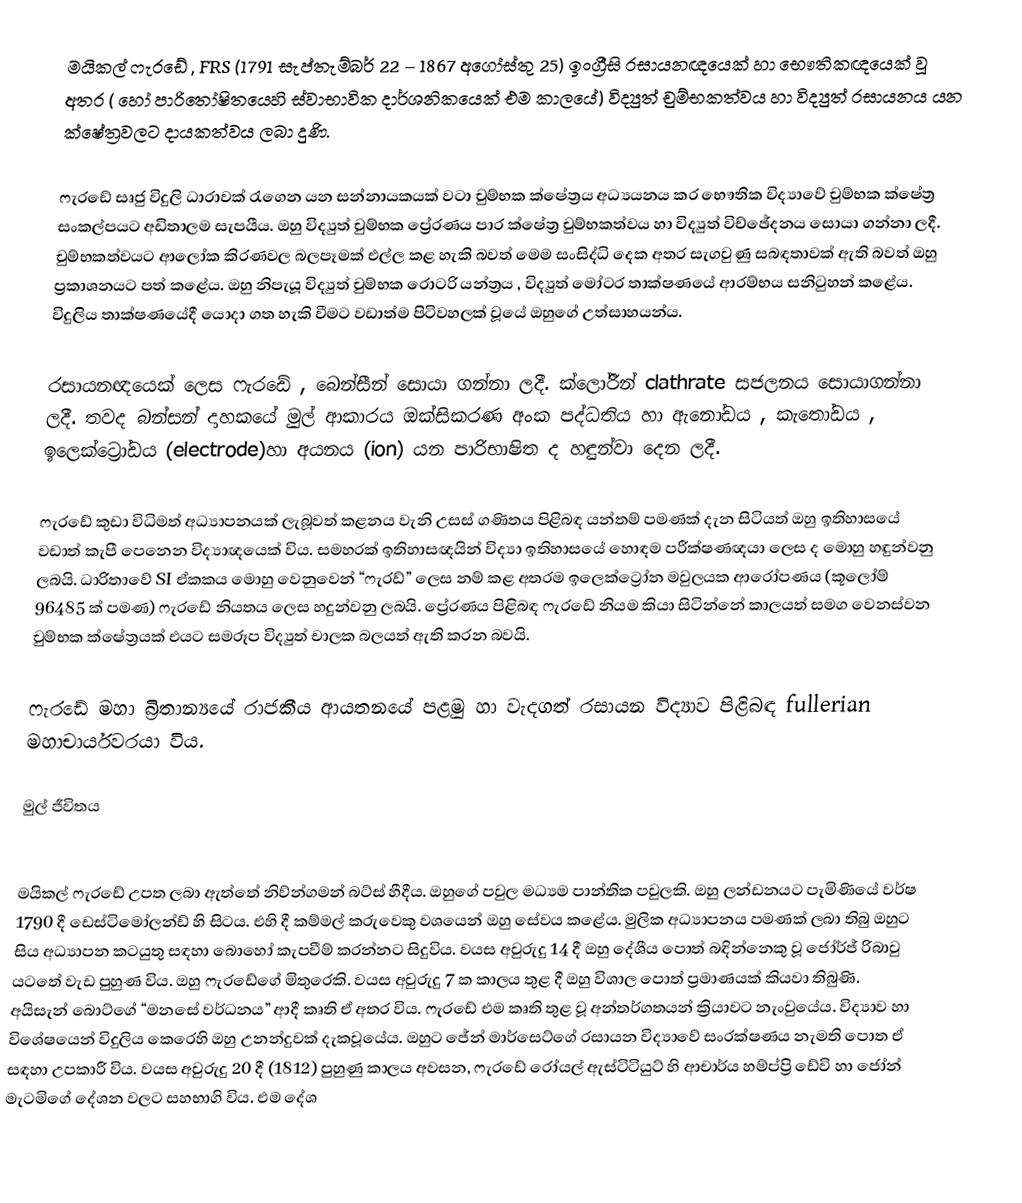
මයිකල් ෆැරඩේ , FRS (1791 සැප්තැම්බර් 22 – 1867 අගෝස්තු 25) ඉංග්‍රීසි රසායනඥයෙක් හා භෞතිකඥයෙක් වූ අතර ( හෝ පාරිතෝෂිතයෙහි ස්වාභාවික දාර්ශනිකයෙක් එම කාලයේ) විද්‍යුත් චුම්භකත්වය හා විද්‍යුත් රසායනය යන ක්ෂේත්‍රවලට දායකත්වය ලබා දුණි.

ෆැ‍රඩේ සෘජු විදුලි ධාරාවක් රැගෙන යන සන්නායකයක් වටා චුම්භක ‍ක්ෂේත්‍රය අධ්‍යයනය කර භෞතික විද්‍යාවේ චුම්භක ක්ෂේත්‍ර සංකල්පයට අඩිතාලම සැපයීය. ඔහු විද්‍යුත් චුම්භක ප්‍රේරණය පාර ක්ෂේත්‍ර චුම්භකත්වය හා විද්‍යුත් විච්ඡේදනය සොයා ගන්නා ලදී. චුම්භකත්වයට ආලෝක කිරණවල බලපෑමක් එල්ල කළ හැකි බවත් මෙම සංසිද්ධි දෙක අතර සැගවුණු සබඳතාවක් ඇති බවත් ඔහු ප්‍රකාශනයට පත් කළේය. ඔහු නිපැයූ විද්‍යුත් චුම්භක රොටරි යන්ත්‍රය , විද්‍යුත් මෝටර තාක්ෂණයේ ආරම්භය සනිටුහන් කළේය. විදුලිය තාක්ෂණයේදී යොදා ගත හැකි වීමට වඩාත්ම පිටිවහලක් වූයේ ඔහුගේ උත්සාහයන්ය.

රසායනඥයෙක් ලෙස ෆැරඩේ , බෙන්සීන් සොයා ගන්නා ලදී. ක්ලෝරීන් clathrate සජලනය සොයාගන්නා ලදී. තවද ‍බන්සන් දාහකයේ මුල් ආකාරය ඔක්සිකරණ අංක පද්ධතිය හා ඇනෝඩය , කැතෝඩය , ඉලෙක්ට්‍රෝඩය (electrode)හා අයනය (ion) යන පාරිභාෂිත ද හඳුන්වා දෙන ලදී.

ෆැරඩේ කුඩා විධිමත් අධ්‍යාපනයක් ලැබූවත් කළනය වැනි උසස් ගණිතය පිළිබඳ යන්තම් පමණක් දැන සිටියත් ඔහු ඉතිහාසයේ වඩාත් කැපී පෙනෙන විද්‍යාඥයෙක් විය. සමහරක් ඉතිහාසඥයින් විද්‍යා ඉතිහාසයේ හොඳම පරීක්ෂණඥයා ලෙස ද මොහු හඳුන්වනු ලබයි. ධාරිතාවේ SI ඒකකය මොහු වෙනුවෙන් “ෆැරඩ්” ලෙස නම් කළ අතරම ඉලෙක්ට්‍රෝන මවුලයක ආරෝපණය (කූලෝම් 96485 ක් පමණ) ෆැරඩේ නියතය ලෙස හදුන්වනු ලබයි. ප්‍රේරණය පිළිබඳ ෆැරඩේ නියම කියා සිටින්නේ කාලයත් සමග වෙනස්වන චුම්භක ක්ෂේත්‍රයක් එයට සමරූප විද්‍යුත් චාලක බලයත් ඇති කරන බවයි.

ෆැරඩේ මහා බ්‍රිතාන්‍යයේ රාජකීය ආයතනයේ පළමු හා වැදගත් රසායන විද්‍යාව පිළිබඳ fullerian මහාචාර්යවරයා විය.

මුල් ජීවිතය

මයිකල් ෆැරඩේ උපත ලබා ඇත්තේ නිව්න්ගමන් බට්ස් හීදීය. ඔහුගේ පවුල මධ්‍යම පාන්තික පවුලකි. ඔහු ලන්ඩනයට පැමිණියේ වර්ෂ 1790 දී ඩෙස්ටිමෝලන්ඩ් හි සිටය. එහි දී කම්මල් කරුවෙකු වශයෙන් ඔහු සේවය කළේය. මුලික අධ්‍යාපනය පමණක් ලබා තිබු ඔහුට සිය අධ්‍යාපන කටයුතු සඳහා බොහෝ කැපවීම් කරන්නට සිදුවිය. වයස අවුරුදු 14 දී ඔහු දේශීය පොත් බඳින්නෙකු වූ ජෝර්ජ් රිබාවු යටතේ වැඩ පුහුණ විය. ඔහු ෆැරඩේගේ මිතුරෙකි. වයස අවුරුදු 7 ක කාලය තුළ දී ඔහු විශාල පොත් ප්‍රමාණයක් කියවා තිබුණි. අයිසැන් බොට්ගේ “මනසේ වර්ධනය” ආදී කෘති ඒ අතර විය. ෆැරඩේ එම කෘති තුළ වූ අන්තර්ගතයන් ක්‍රියාවට නැංවුයේය. විද්‍යාව හා විශේෂයෙන් විදුලිය කෙරෙහි ඔහු උනන්දුවක් දැකවූයේය. ඔහුට ජේන් මාර්සෙට්ගේ රසායන විද්‍යාවේ සංරක්ෂණය නැමති පොත ඒ සඳහා උපකාරී විය. වයස අවුරුදු 20 දී (1812) පුහුණු කාලය අවසන, ෆැර‍ඩේ රෝයල් ඇස්ටිටියුට් හි ආචාර්ය හම්ප්ප්‍රි ඩේවි හා ජෝන් මැටමිගේ දේශන වලට සහභාගි විය. එම දේශ